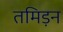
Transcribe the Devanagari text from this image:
तमिड़न